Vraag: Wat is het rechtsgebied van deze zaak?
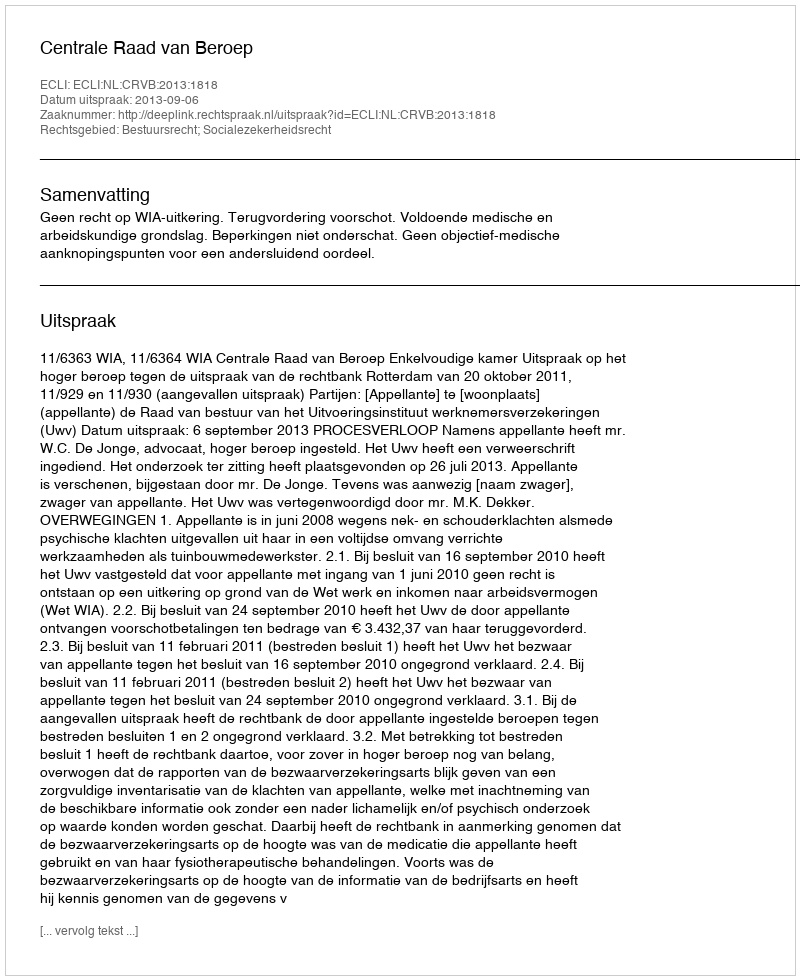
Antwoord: Bestuursrecht; Socialezekerheidsrecht